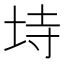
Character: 𭎒